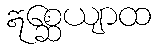
ဣစ္ဆေယျာထ